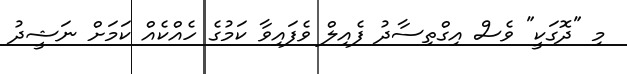
މި "ދޮގަކީ" ވެސް އިގްތިސާދު ފެއިލް ވެފައިވާ ކަމުގެ ހެއްކެއް ކަމަށް ނަޝީދު